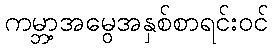
ကမ္ဘာ့အမွေအနှစ်စာရင်းဝင်